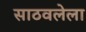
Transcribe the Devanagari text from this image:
साठवलेला